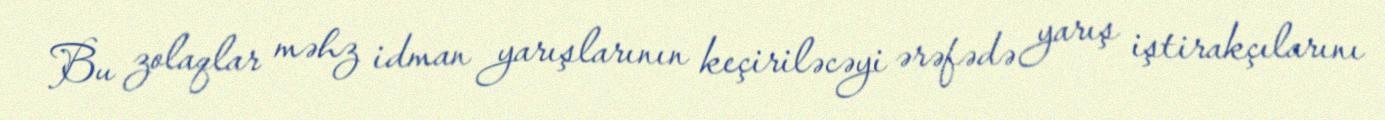
Bu zolaqlar məhz idman yarışlarının keçiriləcəyi ərəfədə yarış iştirakçılarını